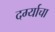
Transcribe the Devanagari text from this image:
दर्ग्याचा